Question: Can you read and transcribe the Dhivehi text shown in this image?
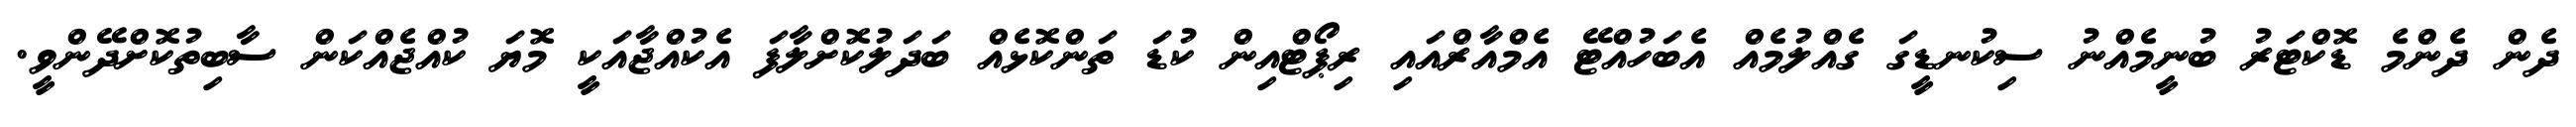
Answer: ދެން ދެންމެ ޑޮކްޓަރު ބުނީމެއްނު ސިކުނޑީގަ ގެއްލުމެއް އެބަހުއްޓޭ އެމްއާރްއައި ރިޕޯޓްއިން ކުޑަ ތަންކޮޅެއް ބަދަލުކޮށްލާފަ އެކުއްޖާއަކީ މޮޔަ ކުއްޖެއްކަން ސާބިތުކޮށްދޭންވީ.